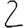
Digit: 2